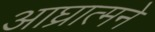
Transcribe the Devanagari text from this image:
आघ्रात्मने